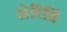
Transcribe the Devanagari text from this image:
सेरिब्रि